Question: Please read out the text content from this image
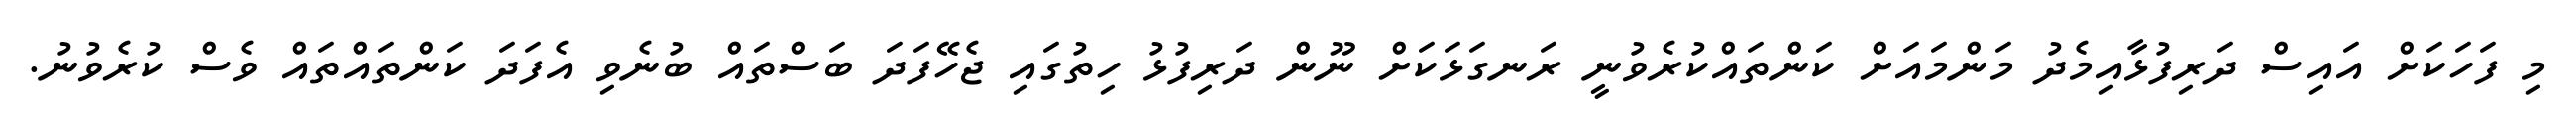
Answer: މި ފަހަކަށް އައިސް ދަރިފުޅާއިމެދު މަންމައަށް ކަންތައްކުރެވުނީ ރަނގަޅަކަށް ނޫން ދަރިފުޅު ހިތުގައި ޖެހޭފަދަ ބަސްތައް ބުނެވި އެފަދަ ކަންތައްތައް ވެސް ކުރެވުނު.